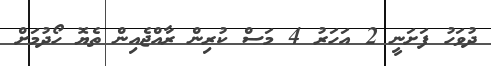
ދުވަހު ފަށަނީ 2 އަހަރު 4 މަސް ކުރިން ރާއްޖެއިން ތެޔޮ ހޯދުމަށް